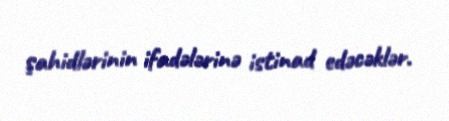
şahidlərinin ifadələrinə istinad edəcəklər.